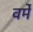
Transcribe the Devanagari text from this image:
वर्मे